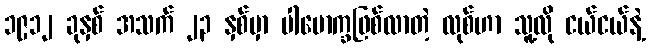
၁၉၁၂ ခုနှစ် အသက် ၂၃ နှစ်မှာ ပါမောက္ခဖြစ်လာတဲ့ လုစ်ဟာ သူ့လို ငယ်ငယ်နဲ့